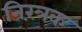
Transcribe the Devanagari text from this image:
निरंत्रक